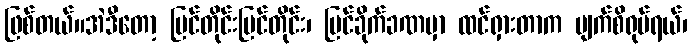
ဖြစ်တယ်။အဲဒီတော့ မြင်တိုင်းမြင်တိုင်း၊ မြင်ခိုက်ခဏမှာ ထင်ရှားတာက မျက်စိရုပ်ရယ်၊